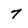
Character: 7